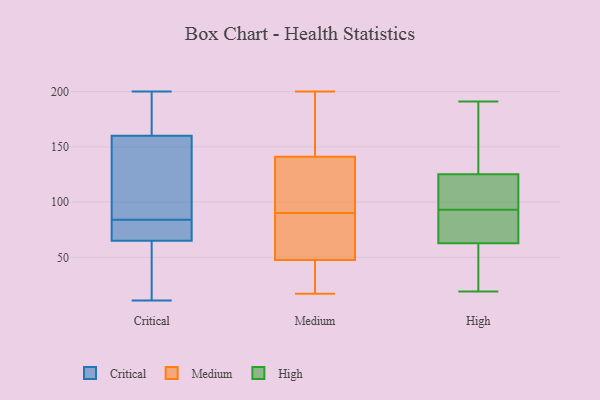
{"axis": {"x": "Tickets Resolved", "y": "Value"}, "legend": ["Critical", "High", "Medium"], "data": [{"x": "", "y": 160, "type": "Critical"}, {"x": "", "y": 157, "type": "Critical"}, {"x": "", "y": 68, "type": "Critical"}, {"x": "", "y": 88, "type": "Critical"}, {"x": "", "y": 79, "type": "Critical"}, {"x": "", "y": 63, "type": "Critical"}, {"x": "", "y": 25, "type": "Critical"}, {"x": "", "y": 65, "type": "Critical"}, {"x": "", "y": 139, "type": "Critical"}, {"x": "", "y": 186, "type": "Critical"}, {"x": "", "y": 80, "type": "Critical"}, {"x": "", "y": 11, "type": "Critical"}, {"x": "", "y": 187, "type": "Critical"}, {"x": "", "y": 200, "type": "Critical"}, {"x": "", "y": 88, "type": "Medium"}, {"x": "", "y": 148, "type": "Medium"}, {"x": "", "y": 173, "type": "Medium"}, {"x": "", "y": 17, "type": "Medium"}, {"x": "", "y": 134, "type": "Medium"}, {"x": "", "y": 116, "type": "Medium"}, {"x": "", "y": 130, "type": "Medium"}, {"x": "", "y": 22, "type": "Medium"}, {"x": "", "y": 200, "type": "Medium"}, {"x": "", "y": 23, "type": "Medium"}, {"x": "", "y": 51, "type": "Medium"}, {"x": "", "y": 67, "type": "Medium"}, {"x": "", "y": 40, "type": "Medium"}, {"x": "", "y": 153, "type": "Medium"}, {"x": "", "y": 44, "type": "Medium"}, {"x": "", "y": 51, "type": "Medium"}, {"x": "", "y": 86, "type": "Medium"}, {"x": "", "y": 92, "type": "Medium"}, {"x": "", "y": 165, "type": "Medium"}, {"x": "", "y": 125, "type": "Medium"}, {"x": "", "y": 150, "type": "High"}, {"x": "", "y": 19, "type": "High"}, {"x": "", "y": 121, "type": "High"}, {"x": "", "y": 93, "type": "High"}, {"x": "", "y": 47, "type": "High"}, {"x": "", "y": 138, "type": "High"}, {"x": "", "y": 101, "type": "High"}, {"x": "", "y": 59, "type": "High"}, {"x": "", "y": 64, "type": "High"}, {"x": "", "y": 142, "type": "High"}, {"x": "", "y": 95, "type": "High"}, {"x": "", "y": 95, "type": "High"}, {"x": "", "y": 78, "type": "High"}, {"x": "", "y": 88, "type": "High"}, {"x": "", "y": 191, "type": "High"}, {"x": "", "y": 29, "type": "High"}, {"x": "", "y": 83, "type": "High"}]}